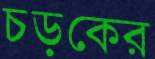
চড়কের